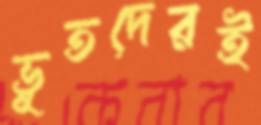
ভূতদেরই